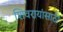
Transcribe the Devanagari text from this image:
शिवरायांसाठी